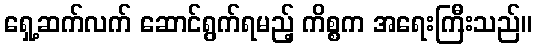
ရှေ့ဆက်လက် ဆောင်ရွက်ရမည့် ကိစ္စက အရေးကြီးသည်။